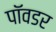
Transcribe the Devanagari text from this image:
पॉवडर